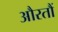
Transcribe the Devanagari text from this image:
औरतौं